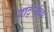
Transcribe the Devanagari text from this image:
आर्ट्सचा